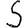
Digit: 5